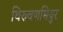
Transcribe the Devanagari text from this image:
थिरुवणमियुर